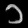
Digit: ၁